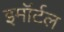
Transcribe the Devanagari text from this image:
इमॉर्टल